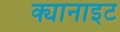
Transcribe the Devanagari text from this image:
क्यानाइट